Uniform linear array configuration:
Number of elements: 4
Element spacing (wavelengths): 0.25
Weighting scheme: exponential
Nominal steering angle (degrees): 15
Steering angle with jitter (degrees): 16.074
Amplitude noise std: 0.05
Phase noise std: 0.05

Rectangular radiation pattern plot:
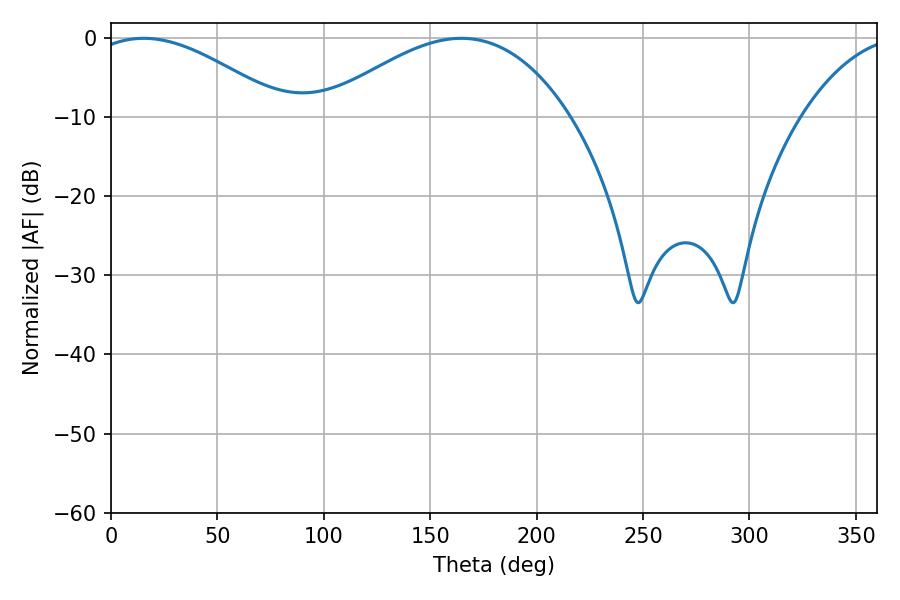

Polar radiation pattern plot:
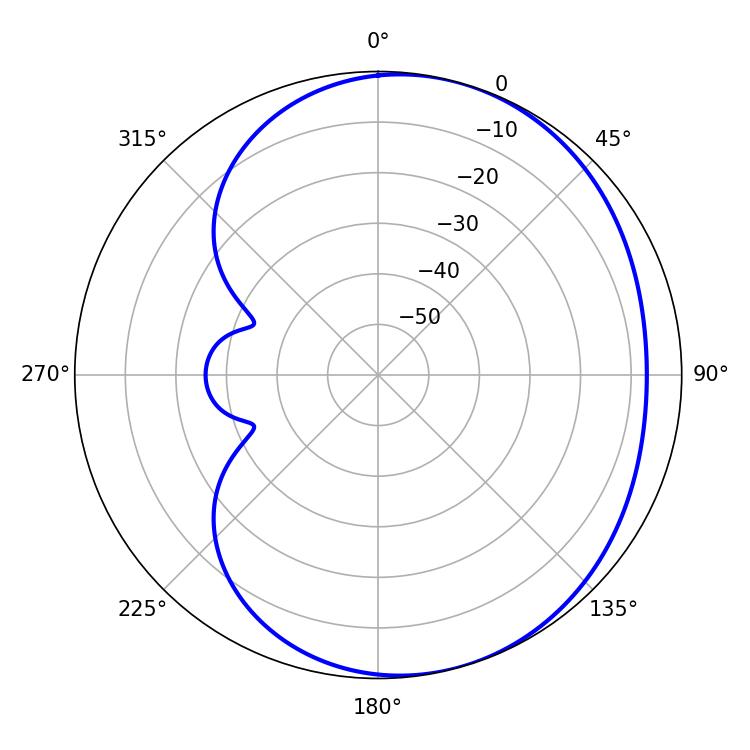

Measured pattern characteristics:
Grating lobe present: FALSE
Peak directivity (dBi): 3.984
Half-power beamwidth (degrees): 50.4
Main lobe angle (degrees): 15.3